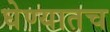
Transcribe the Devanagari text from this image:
घेण्यातच